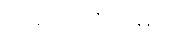
လည်ပတ်ပါမည်